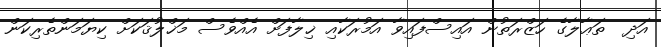
އަދި  ތަޢާލާގެ ހަޒްރަތުން އައިސްފައިވާ އަމުރަކާއި ޚިލާފަށް އެއްވެސް މަޚްލުޤަކަށް ކިޔަމަންތެރިކަން